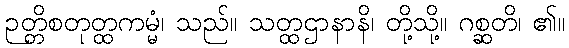
ဉတ္တိစတုတ္ထကမ္မံ၊ သည်။ သတ္ထဌာနာနိ၊ တို့သို့။ ဂစ္ဆတိ၊ ၏။